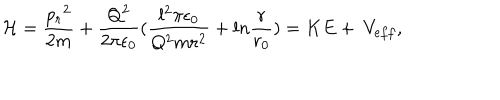
LaTeX: { \cal H } = { \frac { { p _ { r } } ^ { 2 } } { 2 m } } + { \frac { Q ^ { 2 } } { 2 \pi \epsilon _ { 0 } } } ( { \frac { l ^ { 2 } \pi \epsilon _ { 0 } } { Q ^ { 2 } m r ^ { 2 } } } + l n { \frac { r } { r _ { 0 } } } ) = K E + ~ V _ { e f f } ,